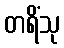
တရိံသု